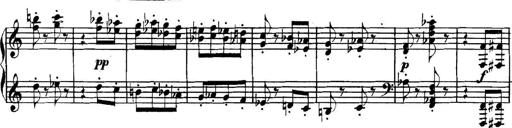
Title: Collected Piano Sonatas
Composer: Muzio Clementi